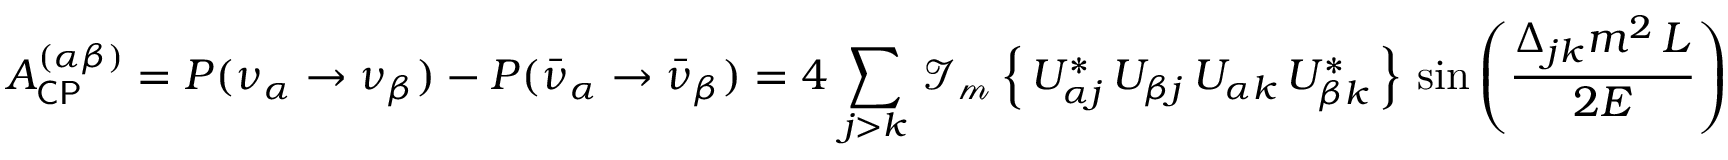
A _ { \mathsf { C P } } ^ { ( \alpha \beta ) } = P ( \nu _ { \alpha } \rightarrow \nu _ { \beta } ) - P ( { \bar { \nu } } _ { \alpha } \rightarrow { \bar { \nu } } _ { \beta } ) = 4 \, \sum _ { j > k } \, \operatorname { \mathcal { I _ { m } } } \left\{ \, U _ { \alpha j } ^ { * } \, U _ { \beta j } \, U _ { \alpha k } \, U _ { \beta k } ^ { * } \, \right\} \, \sin \left( { \frac { \Delta _ { j k } m ^ { 2 } \, L } { 2 E } } \right)